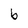
Character: b